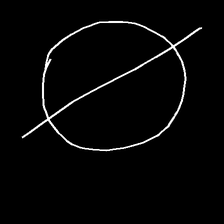
Glyph: orb